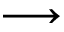
\longrightarrow